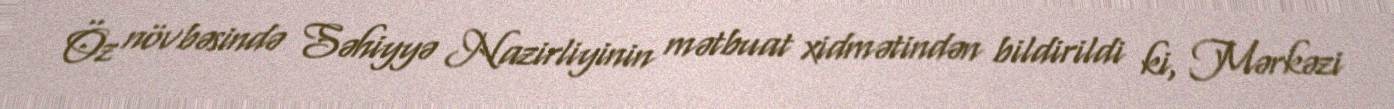
Öz növbəsində Səhiyyə Nazirliyinin mətbuat xidmətindən bildirildi ki, Mərkəzi